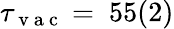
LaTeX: \tau_{\mathrm{~v~a~c~}}=~55(2)